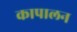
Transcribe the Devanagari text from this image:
कापालन